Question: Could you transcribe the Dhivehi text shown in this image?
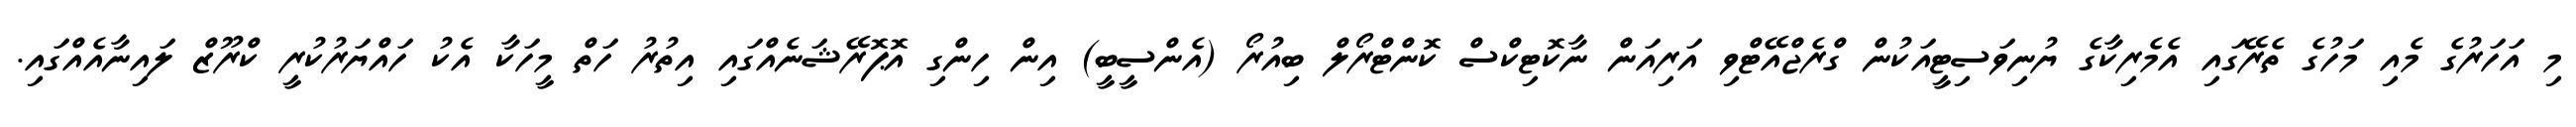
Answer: މި އަހަރުގެ މެއި މަހުގެ ތެރޭގައި އެމެރިކާގެ ޔުނިވަސިޓީއަކުން ގްރެޖްއޭޓްވި އަރިއަން ނާކޮޓިކްސް ކޮންޓްރޯލް ބިއުރޯ (އެންސީބީ) އިން ހިންގި އޮޕޮރޭޝަނެއްގައި އިތުރު ހަތް މީހަކާ އެކު ހައްޔަރުކުރީ ކްރޫޒް ލައިނާއެއްގައި.